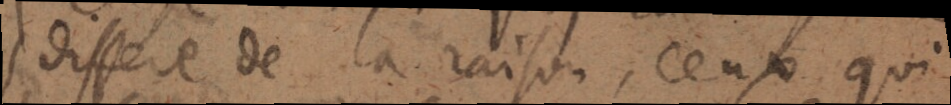
differe de la raison, ceux qui